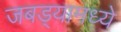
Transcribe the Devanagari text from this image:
जबड्यामध्ये